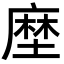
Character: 塺